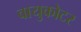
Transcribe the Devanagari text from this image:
वायुकोटर